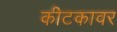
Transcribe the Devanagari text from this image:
कीटकावर